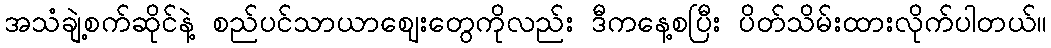
အသံချဲ့စက်ဆိုင်နဲ့ စည်ပင်သာယာဈေးတွေကိုလည်း ဒီကနေ့စပြီး ပိတ်သိမ်းထားလိုက်ပါတယ်။